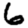
Digit: 6